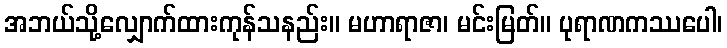
အဘယ်သို့လျှောက်ထားကုန်သနည်း။ မဟာရာဇာ၊ မင်းမြတ်။ ပုရာဏကဿပေါ၊